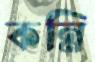
কন্নি